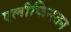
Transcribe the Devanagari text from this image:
एलीफिन्स्तन